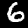
Label: 6